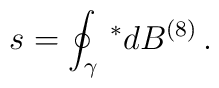
s=\oint_\gamma \,^*dB^{(8)}\, .